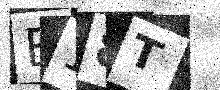
Text: E18T